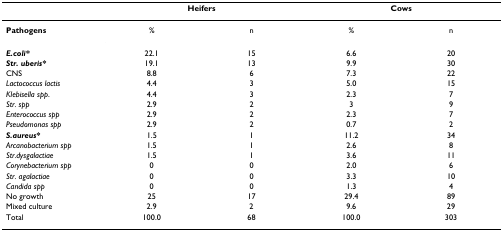
<table><thead><tr><td></td><td colspan="2"><b>Heifers</b></td><td colspan="2"><b>Cows</b></td></tr></thead><tbody><tr><td><b>Pathogens</b></td><td>%</td><td>n</td><td>%</td><td>n</td></tr><tr><td><b><i>E.coli*</i></b></td><td>22.1</td><td>15</td><td>6.6</td><td>20</td></tr><tr><td><b><i>Str. uberis*</i></b></td><td>19.1</td><td>13</td><td>9.9</td><td>30</td></tr><tr><td>CNS</td><td>8.8</td><td>6</td><td>7.3</td><td>22</td></tr><tr><td><i>Lactococcus lactis</i></td><td>4.4</td><td>3</td><td>5.0</td><td>15</td></tr><tr><td><i>Klebisella spp</i>.</td><td>4.4</td><td>3</td><td>2.3</td><td>7</td></tr><tr><td><i>Str. spp</i></td><td>2.9</td><td>2</td><td>3</td><td>9</td></tr><tr><td><i>Enterococcus spp</i></td><td>2.9</td><td>2</td><td>2.3</td><td>7</td></tr><tr><td><i>Pseudomonas spp</i></td><td>2.9</td><td>2</td><td>0.7</td><td>2</td></tr><tr><td><b><i>S.aureus*</i></b></td><td>1.5</td><td>1</td><td>11.2</td><td>34</td></tr><tr><td><i>Arcanobacterium spp</i></td><td>1.5</td><td>1</td><td>2.6</td><td>8</td></tr><tr><td><i>Str.dysgalactiae</i></td><td>1.5</td><td>1</td><td>3.6</td><td>11</td></tr><tr><td><i>Corynebacterium spp</i></td><td>0</td><td>0</td><td>2.0</td><td>6</td></tr><tr><td><i>Str. agalactiae</i></td><td>0</td><td>0</td><td>3.3</td><td>10</td></tr><tr><td><i>Candida spp</i></td><td>0</td><td>0</td><td>1.3</td><td>4</td></tr><tr><td>No growth</td><td>25</td><td>17</td><td>29.4</td><td>89</td></tr><tr><td>Mixed culture</td><td>2.9</td><td>2</td><td>9.6</td><td>29</td></tr><tr><td>Total</td><td>100.0</td><td>68</td><td>100.0</td><td>303</td></tr></tbody></table>